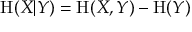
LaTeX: \mathrm { H } ( X | Y ) = \mathrm { H } ( X , Y ) - \mathrm { H } ( Y )